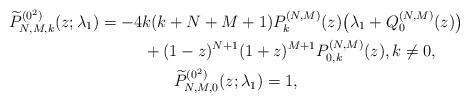
\begin{gather*} \widetilde{P}_{N,M,k}^{(0^{2})}(z; \lambda_1) = -4k ( k+N+M+1 ) P_{k}^{(N,M) }(z) \big( \lambda _{1}+Q_{0}^{(N,M) }(z) \big) \\\hphantom{\widetilde{P}_{N,M,k}^{(0^{2})}(z; \lambda_1) =}{}+(1-z) ^{N+1}(1+z) ^{M+1}P_{0,k}^{( N,M) }(z) , k\ne 0,\\ \widetilde{P}_{N,M,0}^{(0^{2})}(z; \lambda_1) =1,\end{gather*}